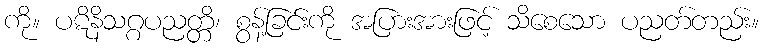
ကို။ ပဋိနိသဂ္ဂပညတ္တိ၊ စွန့်ခြင်းကို အပြားအားဖြင့် သိစေသော ပညတ်တည်း။